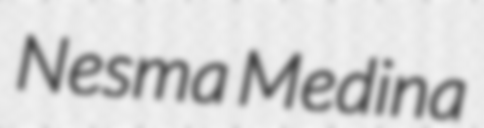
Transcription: Nesma Medina